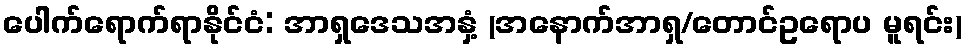
ပေါက်ရောက်ရာနိုင်ငံ: အာရှဒေသအနှံ့ (အနောက်အာရှ/တောင်ဥရောပ မူရင်း)